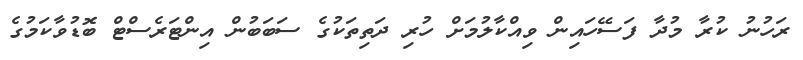
ރަހުނު ކުރާ މުދާ ފަސޭހައިން ވިއްކާލުމަށް ހުރި ދަތިތަކުގެ ސަބަބުން އިންޓަރެސްޓް ބޮޑުވާކަމުގެ